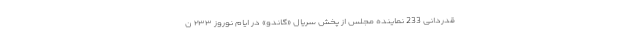
قدردانی 233 نماینده مجلس از پخش سریال «گاندو» در ایام نوروز ۲۳۳ ن